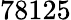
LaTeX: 78125